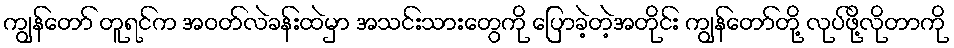
ကျွန်တော် တူရင်က အဝတ်လဲခန်းထဲမှာ အသင်းသားတွေကို ပြောခဲ့တဲ့အတိုင်း ကျွန်တော်တို့ လုပ်ဖို့လိုတာကို